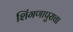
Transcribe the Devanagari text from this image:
शिंगणापुराचा